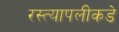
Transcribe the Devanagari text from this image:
रस्त्यापलीकडे